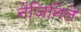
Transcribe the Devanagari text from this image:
नेंजिनिले